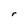
Character: r